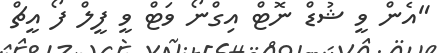
"އެން ވީ ޝުޑް ނޮޓް އިގްނޯ ވަޓް ވީ ފީލް ފޯ އީޗް